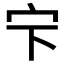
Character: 𱚃